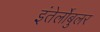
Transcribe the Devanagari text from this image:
इंतेर्लोबुलर